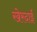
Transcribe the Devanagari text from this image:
खेरदाई